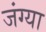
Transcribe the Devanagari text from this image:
जंग्या